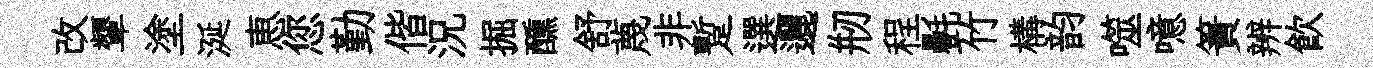
改顰塗涎恵您勤偕況掘醺舒蔑非蹔選邐剏程㲲竹構韵噬噫簀辨飮